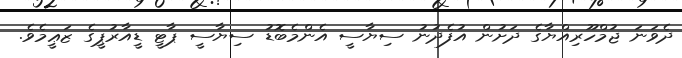
ދެވަނަ ޖުމްހޫރިއްޔާގެ ދަށުން އުފެދުނު ސިޔާސީ އެންމެބޮޑު ސިޔާސީ ޕާޓީ ޑީއާރުޕީގެ ޒަޢީމެވެ.